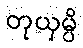
တုယှမ္ပိ